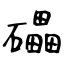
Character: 礧